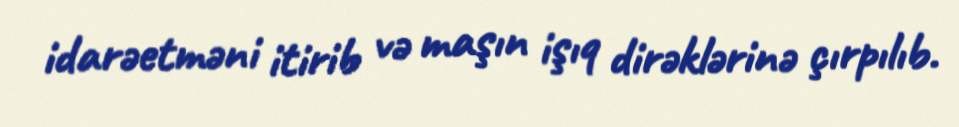
idarəetməni itirib və maşın işıq dirəklərinə çırpılıb.